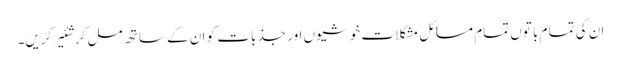
ان کی تمام با توں تمام مسائل مشکلا ت خو شیوں اور جذ بات کو ان کے ساتھ مل کر شئیر کریں۔